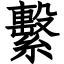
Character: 繫